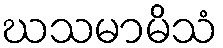
ဃသမာမိသံ